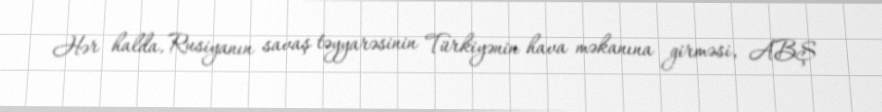
Hər halda, Rusiyanın savaş təyyarəsinin Türkiyənin hava məkanına girməsi, ABŞ